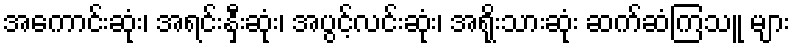
အကောင်းဆုံး၊ အရင်းနှီးဆုံး၊ အပွင့်လင်းဆုံး၊ အရိုးသားဆုံး ဆက်ဆံကြသူ များ